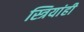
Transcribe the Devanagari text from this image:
स्त्रियांही